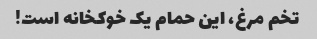
تخم مرغ، این حمام یک خوکخانه است!